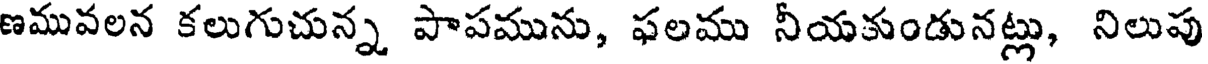
ణమువలన కలుగుచున్న పాపమును, ఫలము నీయకుండునట్లు, నిలుపు